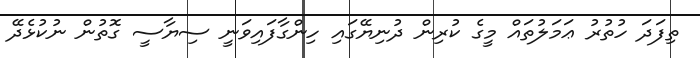
ތިފަދަ ހުތުރު ޢަމަލުތައް މީގެ ކުރިން ދުނިޔޭގައި ހިންގާފައިވަނީ ސިޔާސީ ގޮތުން ނުކުޅެދޭ